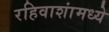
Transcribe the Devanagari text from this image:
रहिवाशांमध्ये